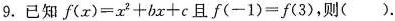
9. 已知$$f(x)=x2+bx+c$$且$$ f(-1)=f(3)$$,则( ).